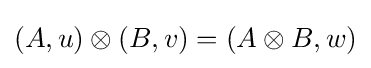
(A,u)\otimes (B,v)=(A\otimes B,w)